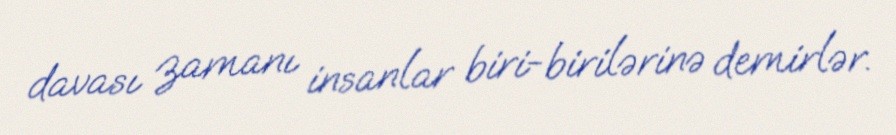
davası zamanı insanlar biri-birilərinə demirlər.